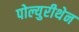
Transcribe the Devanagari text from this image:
पोल्युरीथेन